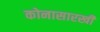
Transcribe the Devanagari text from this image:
कोनासारखी